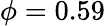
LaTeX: \phi=0.59